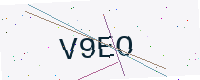
Text: V9EO